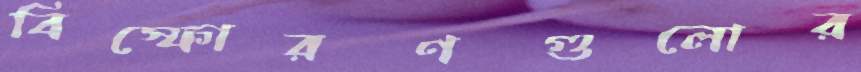
বিস্ফোরণগুলোর